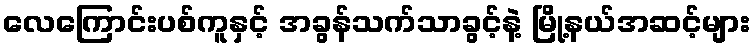
လေကြောင်းပစ်ကူနှင့် အခွန်သက်သာခွင့်နဲ့ မြို့နယ်အဆင့်များ